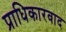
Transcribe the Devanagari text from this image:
प्राधिकारवाद